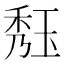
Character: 𤥹